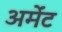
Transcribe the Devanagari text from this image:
अर्मेंट